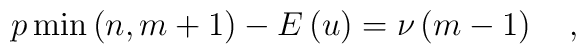
p\min \left( n,m+1\right) -E\left( u\right) =\nu \left(m-1\right) \quad ,